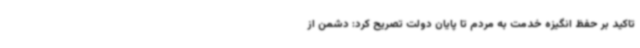
تاکید بر حفظ انگیزه خدمت به مردم تا پایان دولت تصریح کرد: دشمن از